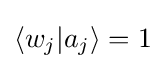
\langle w_{j}|a_{j}\rangle =1